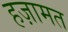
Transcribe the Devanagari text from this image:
हज़ामत